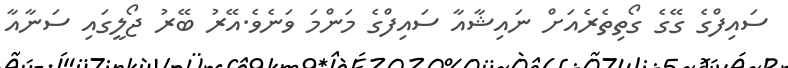
ސައިފްގެ ގޭގެ ގޯތިތެރެއަށް ނައިޝާއާ ސައިފްގެ މަންމަ ވަނެވެ.އޭރު ބޭރު ޖޯލީގައި ސަނާއާ